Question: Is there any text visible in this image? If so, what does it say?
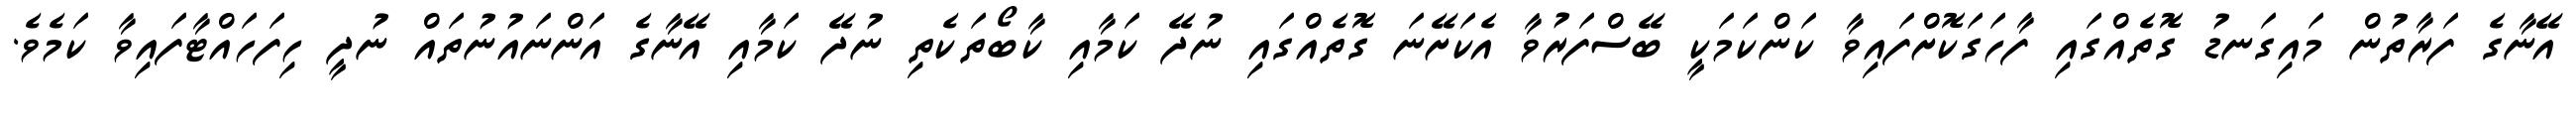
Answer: އޭނާގެ ފަރާތުން މައިގަނޑު ގޮތެއްގައި ފާހަގަކޮށްފައިވާ ކަންކަމަކީ ބޭސްފަރުވާ އެކަށޭނަ ގޮތެއްގައި ނުދޭ ކަމާއި ކާބޯތަކެތި ނުދޭ ކަމާއި އޭނާގެ އަންނައުނުތައް ނުދީ ހިފަހައްޓާފައިވާ ކަމެވެ.